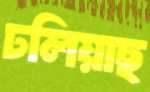
ঢলিয়াছ